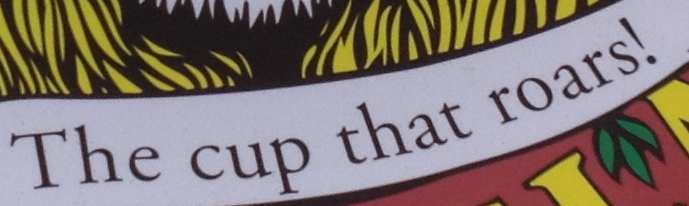
The cup that roars!